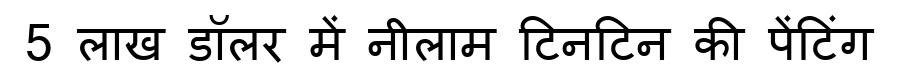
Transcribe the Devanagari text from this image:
5 लाख डॉलर में नीलाम टिनटिन की पेंटिंग